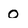
Character: o